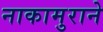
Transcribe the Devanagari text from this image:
नाकामुराने